Annual report on the working of the lock hospitals in the Central Provinces
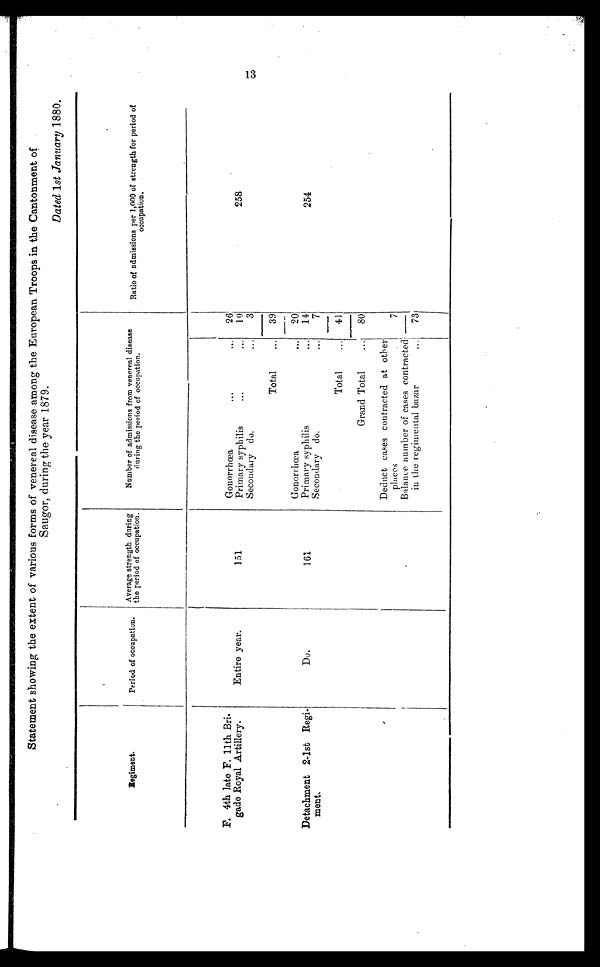
Statement showing the extent of various forms of venereal disease among the European Troops in the Cantonment of
Saugor, during the year 1879.
Dated 1 st January 1880.
R e g i m e n t .
Period of ocCupation.
Average strength during
the period of occupation.
Number of admissions from venereal disease
during the period of occupation.
Ratio of admissions per 1,000 of strength for period of
a
giment
occupation.
F. 4th late F. 11th Bri
gade Royal Artillery.
Gonorrhœa
...
...
26
Entire year.
1 5 1
Primary syphilis
...
...
10
258
Secondary do.
...
3
Total
...
39
Gonorrhœa
..
20
Detachment 2-1st Regi-
ment.
D o .
161
Primary syphilis
...
14
254
Secondary do.
...
7
Total
...
41
Grand Total
...
80
Deduct cases contracted at other
places
7
Balance number of cases contracted
in the regimental bazar
...
73
1 3